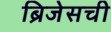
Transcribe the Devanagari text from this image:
ब्रिजेसची